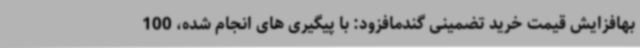
بهافزایش قیمت خرید تضمینی گندمافزود: با پیگیری های انجام شده، 100